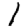
Digit: 1